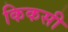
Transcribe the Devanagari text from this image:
किकसी